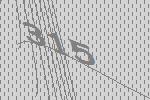
315